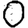
Digit: 0